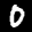
Label: 0